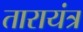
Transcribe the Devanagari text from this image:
तारायंत्र